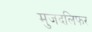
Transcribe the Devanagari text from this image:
मुजदलिफर